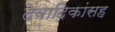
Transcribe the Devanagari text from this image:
देवादिकांसह